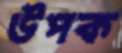
উপক